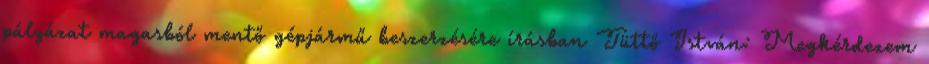
pályázat magasból mentő gépjármű beszerzésére írásban Tüttő István: Megkérdezem